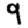
Digit: 9